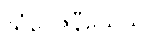
သံဝေဇနီယေသု